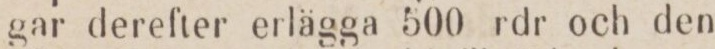
gar derefter erlägga 500 rdr och den